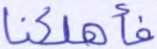
فأهلكنا